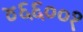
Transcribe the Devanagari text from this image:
४६६००१